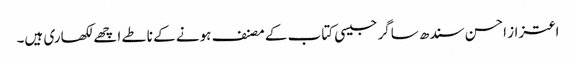
اعتزاز احسن سندھ ساگر جیسی کتاب کے مصنف ہونے کے ناطے اچھے لکھاری ہیں۔